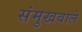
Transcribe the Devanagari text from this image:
संमुखवाले